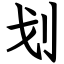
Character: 划